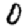
Digit: 0